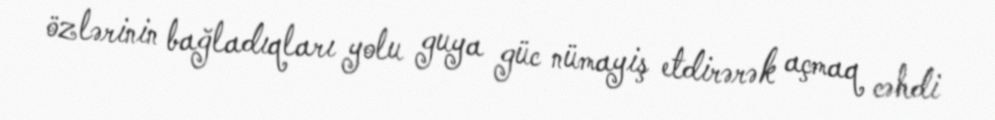
özlərinin bağladıqları yolu guya güc nümayiş etdirərək açmaq cəhdi